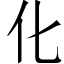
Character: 化